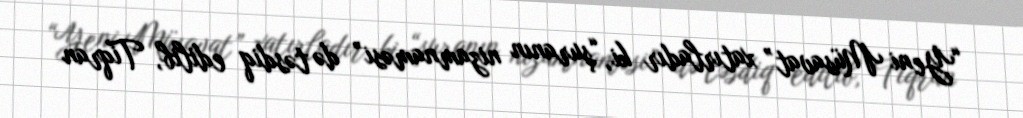
“Yeni Müsavat” xatırladır ki, “şuranın nizamnaməsi” də təsdiq edilib, Tiqran